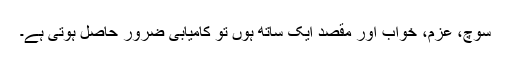
سوچ، عزم، خواب اور مقصد ایک ساتھ ہوں تو کامیابی ضرور حاصل ہوتی ہے۔